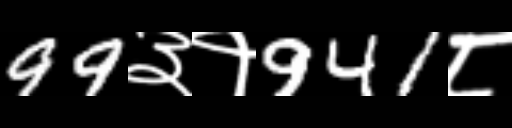
Text: 99३१941८